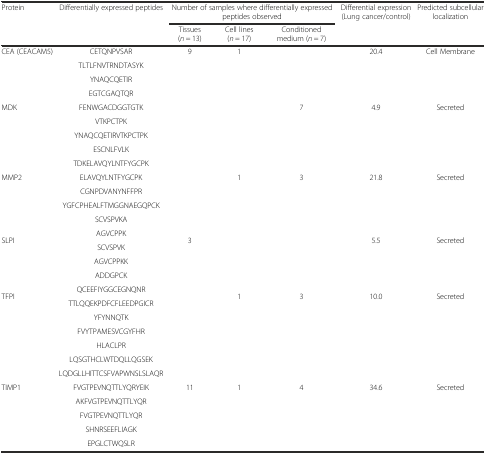
<table><thead><tr><td rowspan="2"><b>Protein</b></td><td rowspan="2"><b>Differentially expressed peptides</b></td><td colspan="3"><b>Number of samples where differentially expressed peptides observed</b></td><td><b>Differential expression (Lung cancer/control)</b></td><td><b>Predicted subcellular localization</b></td></tr><tr><td><b>Tissues (<i>n</i> = 13)</b></td><td><b>Cell lines (<i>n</i> = 17)</b></td><td><b>Conditioned medium (<i>n</i> = 7)</b></td><td></td><td></td></tr></thead><tbody><tr><td rowspan="2">CEA (CEACAM5)</td><td>CETQNPVSAR</td><td rowspan="7">9</td><td rowspan="7">1</td><td rowspan="2"></td><td rowspan="2">20.4</td><td rowspan="2">Cell Membrane</td></tr><tr><td>TLTLFNVTRNDTASYK</td></tr><tr><td rowspan="5">MDK</td><td>YNAQCQETIR</td><td rowspan="5">7</td><td rowspan="5">4.9</td><td rowspan="5">Secreted</td></tr><tr><td>EGTCGAQTQR</td></tr><tr><td>FENWGACDGGTGTK</td></tr><tr><td>VTKPCTPK</td></tr><tr><td>YNAQCQETIRVTKPCTPK</td></tr><tr><td rowspan="5">MMP2</td><td>ESCNLFVLK</td><td rowspan="5"></td><td rowspan="5">1</td><td rowspan="5">3</td><td rowspan="5">21.8</td><td rowspan="5">Secreted</td></tr><tr><td>TDKELAVQYLNTFYGCPK</td></tr><tr><td>ELAVQYLNTFYGCPK</td></tr><tr><td>CGNPDVANYNFFPR</td></tr><tr><td>YGFCPHEALFTMGGNAEGQPCK</td></tr><tr><td rowspan="4">SLPI</td><td>SCVSPVKA</td><td rowspan="4">3</td><td rowspan="4"></td><td rowspan="4"></td><td rowspan="4">5.5</td><td rowspan="4">Secreted</td></tr><tr><td>AGVCPPK</td></tr><tr><td>SCVSPVK</td></tr><tr><td>AGVCPPKK</td></tr><tr><td rowspan="4">TFPI</td><td>ADDGPCK</td><td rowspan="4"></td><td rowspan="4">1</td><td rowspan="4">3</td><td rowspan="4">10.0</td><td rowspan="4">Secreted</td></tr><tr><td>QCEEFIYGGCEGNQNR</td></tr><tr><td>TTLQQEKPDFCFLEEDPGICR</td></tr><tr><td>YFYNNQTK</td></tr><tr><td rowspan="9">TIMP1</td><td>FVYTPAMESVCGYFHR</td><td rowspan="9">11</td><td rowspan="9">1</td><td rowspan="9">4</td><td rowspan="9">34.6</td><td rowspan="9">Secreted</td></tr><tr><td>HLACLPR</td></tr><tr><td>LQSGTHCLWTDQLLQGSEK</td></tr><tr><td>LQDGLLHITTCSFVAPWNSLSLAQR</td></tr><tr><td>FVGTPEVNQTTLYQRYEIK</td></tr><tr><td>AKFVGTPEVNQTTLYQR</td></tr><tr><td>FVGTPEVNQTTLYQR</td></tr><tr><td>SHNRSEEFLIAGK</td></tr><tr><td>EPGLCTWQSLR</td></tr></tbody></table>